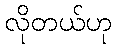
လိုတယ်ဟု